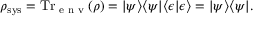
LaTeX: \rho _ { \mathrm { s y s } } = \operatorname { T r } _ { \textrm { e n v } } ( \rho ) = | \psi \rangle \langle \psi | \langle \epsilon | \epsilon \rangle = | \psi \rangle \langle \psi | .